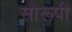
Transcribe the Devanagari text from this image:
सोरूपी